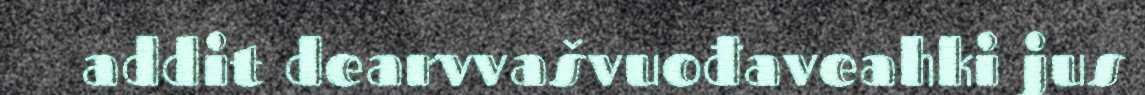
addit dearvvašvuođaveahki jus